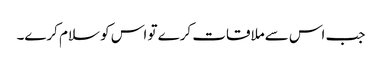
جب اس سےملاقات کرے تو اس کو سلام کرے۔